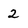
Character: 2